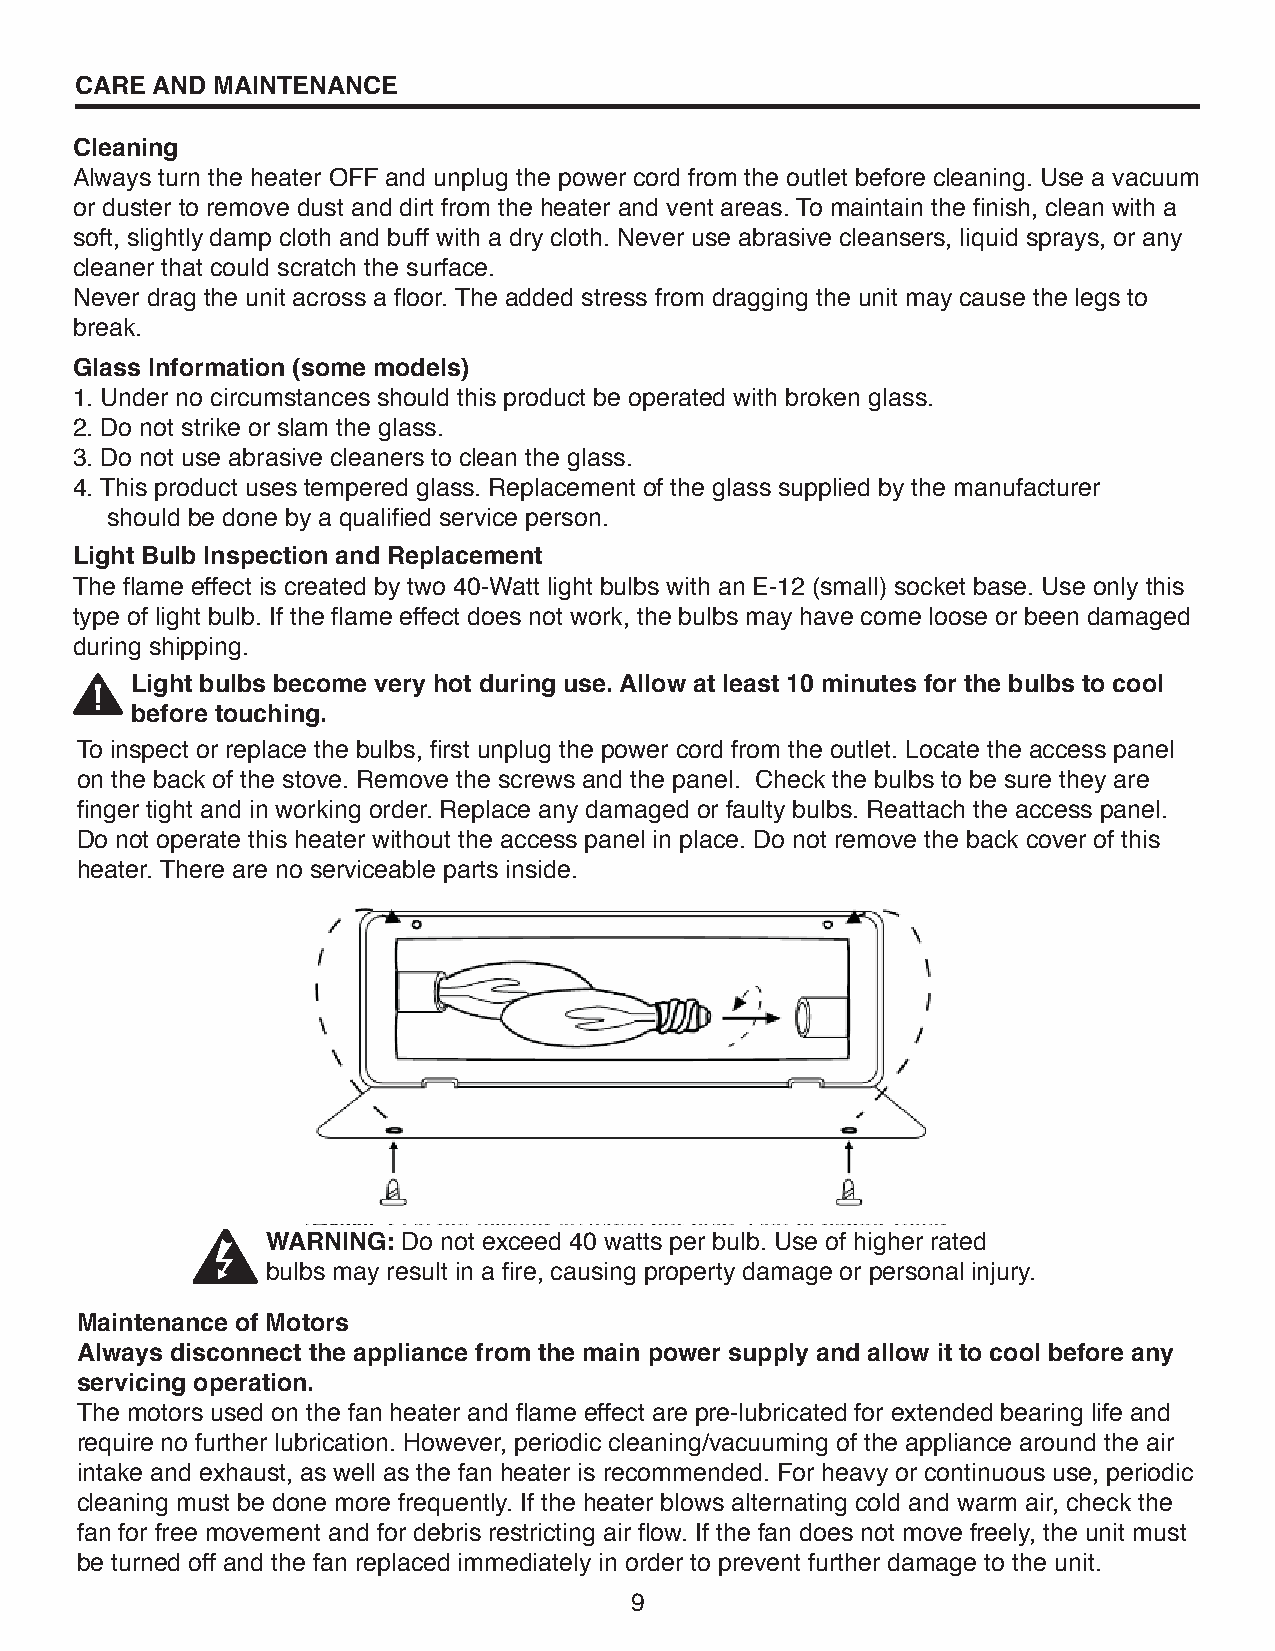
CARE AND MAINTENANCE
 Cleaning
 Always turn the heater OFF and unplug the power cord from the outlet before cleaning. Use a vacuum
 or duster to remove dust and dirt from the heater and vent areas. To maintain the finish, clean with a
 soft, slightly damp cloth and buff with a dry cloth. Never use abrasive cleansers, liquid sprays, or any
 cleaner that could scratch the surface.
 Never drag the unit across a floor. The added stress from dragging the unit may cause the legs to
 break.
 Glass Information (some models)
 1. Under no circumstances should this product be operated with broken glass.
 2. Do not strike or slam the glass.
 3. Do not use abrasive cleaners to clean the glass.
 4. This product uses tempered glass. Replacement of the glass supplied by the manufacturer
 should be done by a qualified service person.
 Light Bulb Inspection and Replacement
 The flame effect is created by two 40-Watt light bulbs with an E-12 (small) socket base. Use only this
 type of light bulb. If the flame effect does not work, the bulbs may have come loose or been damaged
 during shipping.
 Light bulbs become very hot during use. Allow at least 10 minutes for the bulbs to cool
 before touching.
 To inspect or replace the bulbs, first unplug the power cord from the outlet. Locate the access panel
 on the back of the stove. Remove the screws and the panel. Check the bulbs to be sure they are
 finger tight and in working order. Replace any damaged or faulty bulbs. Reattach the access panel.
 Do not operate this heater without the access panel in place. Do not remove the back cover of this
 heater. There are no serviceable parts inside.
 WARNING: Do not exceed 40 watts per bulb. Use of higher rated
 bulbs may result in a fire, causing property damage or personal injury.
 Maintenance of Motors
 Always disconnect the appliance from the main power supply and allow it to cool before any
 servicing operation.
 The motors used on the fan heater and flame effect are pre-lubricated for extended bearing life and
 require no further lubrication. However, periodic cleaning/vacuuming of the appliance around the air
 intake and exhaust, as well as the fan heater is recommended. For heavy or continuous use, periodic
 cleaning must be done more frequently. If the heater blows alternating cold and warm air, check the
 fan for free movement and for debris restricting air flow. If the fan does not move freely, the unit must
 be turned off and the fan replaced immediately in order to prevent further damage to the unit.
 9